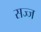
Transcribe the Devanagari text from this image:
सज्‍ज